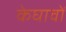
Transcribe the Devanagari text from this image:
केघावों